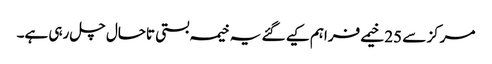
مرکز سے 25 خیمے فراہم کیے گئے یہ خیمہ بستی تاحال چل رہی ہے۔